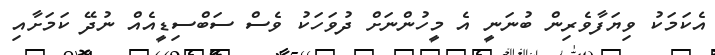
އެކަމަކު ވިޔަފާވެރިން ބުނަނީ އެ މީހުންނަށް ދުވަހަކު ވެސް ސަބްސިޑީއެއް ނުދޭ ކަމަށާއި